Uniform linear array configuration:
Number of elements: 8
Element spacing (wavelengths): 0.5
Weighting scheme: hamming
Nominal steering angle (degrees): -15
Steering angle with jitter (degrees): -13.834
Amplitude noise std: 0.05
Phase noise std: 0.05

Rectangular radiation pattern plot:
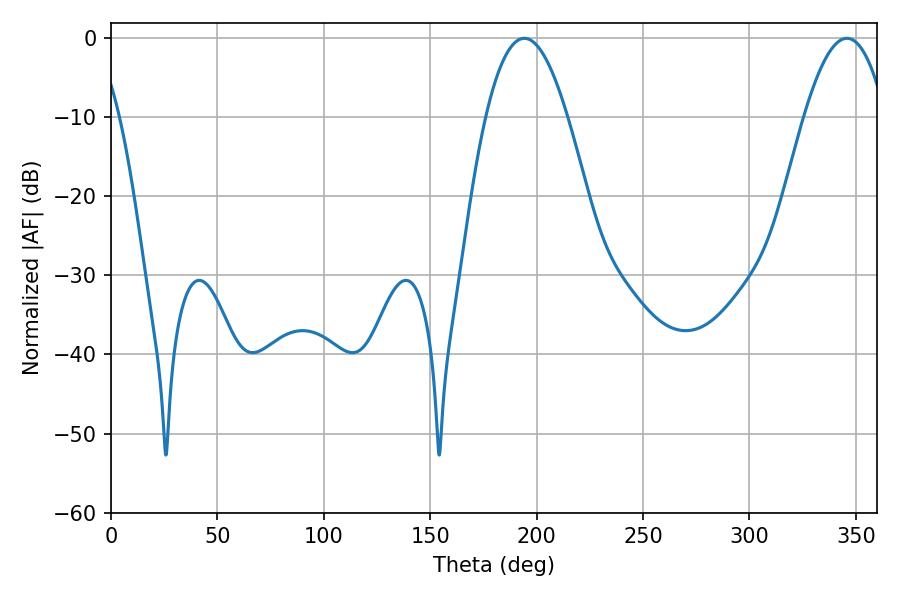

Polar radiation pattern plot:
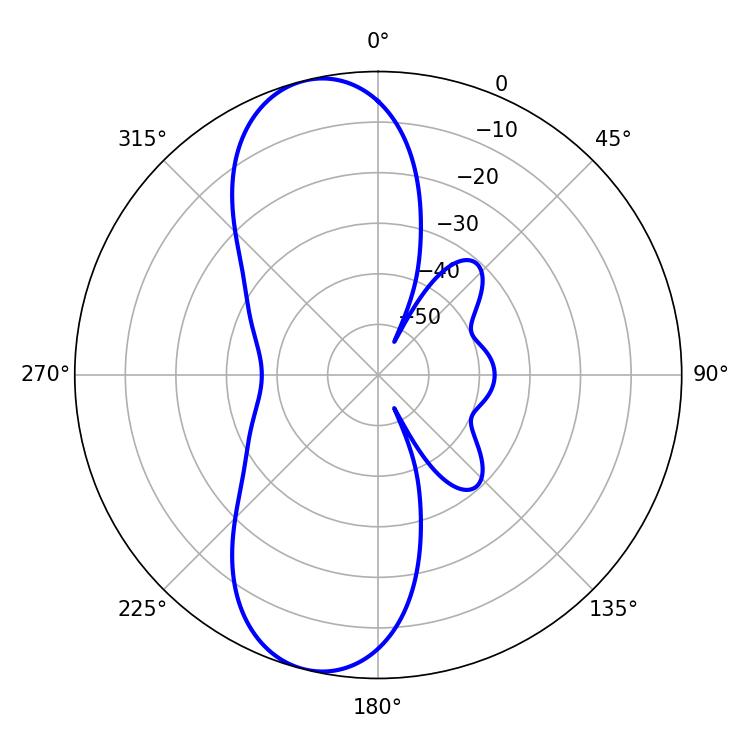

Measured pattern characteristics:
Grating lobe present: FALSE
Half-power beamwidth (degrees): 21.06
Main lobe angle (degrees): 194.22